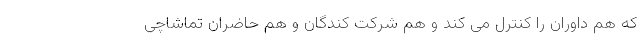
که هم داوران را کنترل می کند و هم شرکت کندگان و هم حاضران تماشاچی